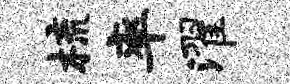
梳率濯